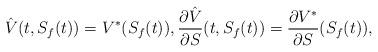
LaTeX: \begin{align*} \hat{V}(t, S_f(t)) = V^*(S_f(t)), \frac{\partial \hat{V}}{\partial S}(t, S_f(t)) = \frac{\partial V^*}{\partial S}(S_f(t)),\end{align*}